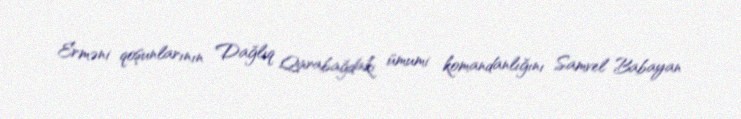
Erməni qoşunlarının Dağlıq Qarabağdakı ümumi komandanlığını Samvel Babayan